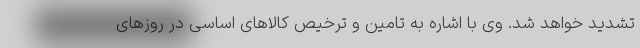
تشدید خواهد شد. وی با اشاره به تامین و ترخیص کالاهای اساسی در روزهای